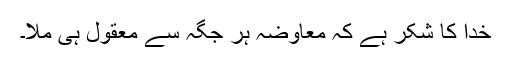
خدا کا شکر ہے کہ معاوضہ ہر جگہ سے معقول ہی ملا۔